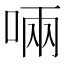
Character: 啢